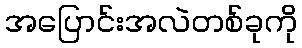
အပြောင်းအလဲတစ်ခုကို